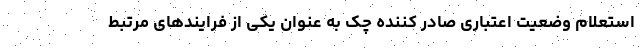
استعلام وضعیت اعتباری صادر کننده چک به عنوان یکی از فرایندهای مرتبط